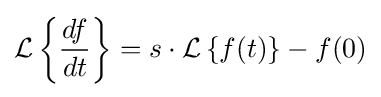
{\mathcal {L}}\left\{{\frac {df}{dt}}\right\}=s\cdot {\mathcal {L}}\left\{f(t)\right\}-f(0)